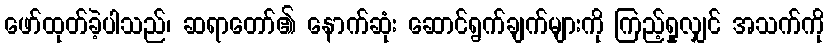
ဖော်ထုတ်ခဲ့ပါသည်၊ ဆရာတော်၏ နောက်ဆုံး ဆောင်ရွက်ချက်များကို ကြည့်ရှုလျှင် အသက်ကို